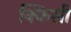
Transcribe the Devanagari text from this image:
क्किसी